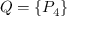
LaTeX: Q = \{ P _ { 4 } \}